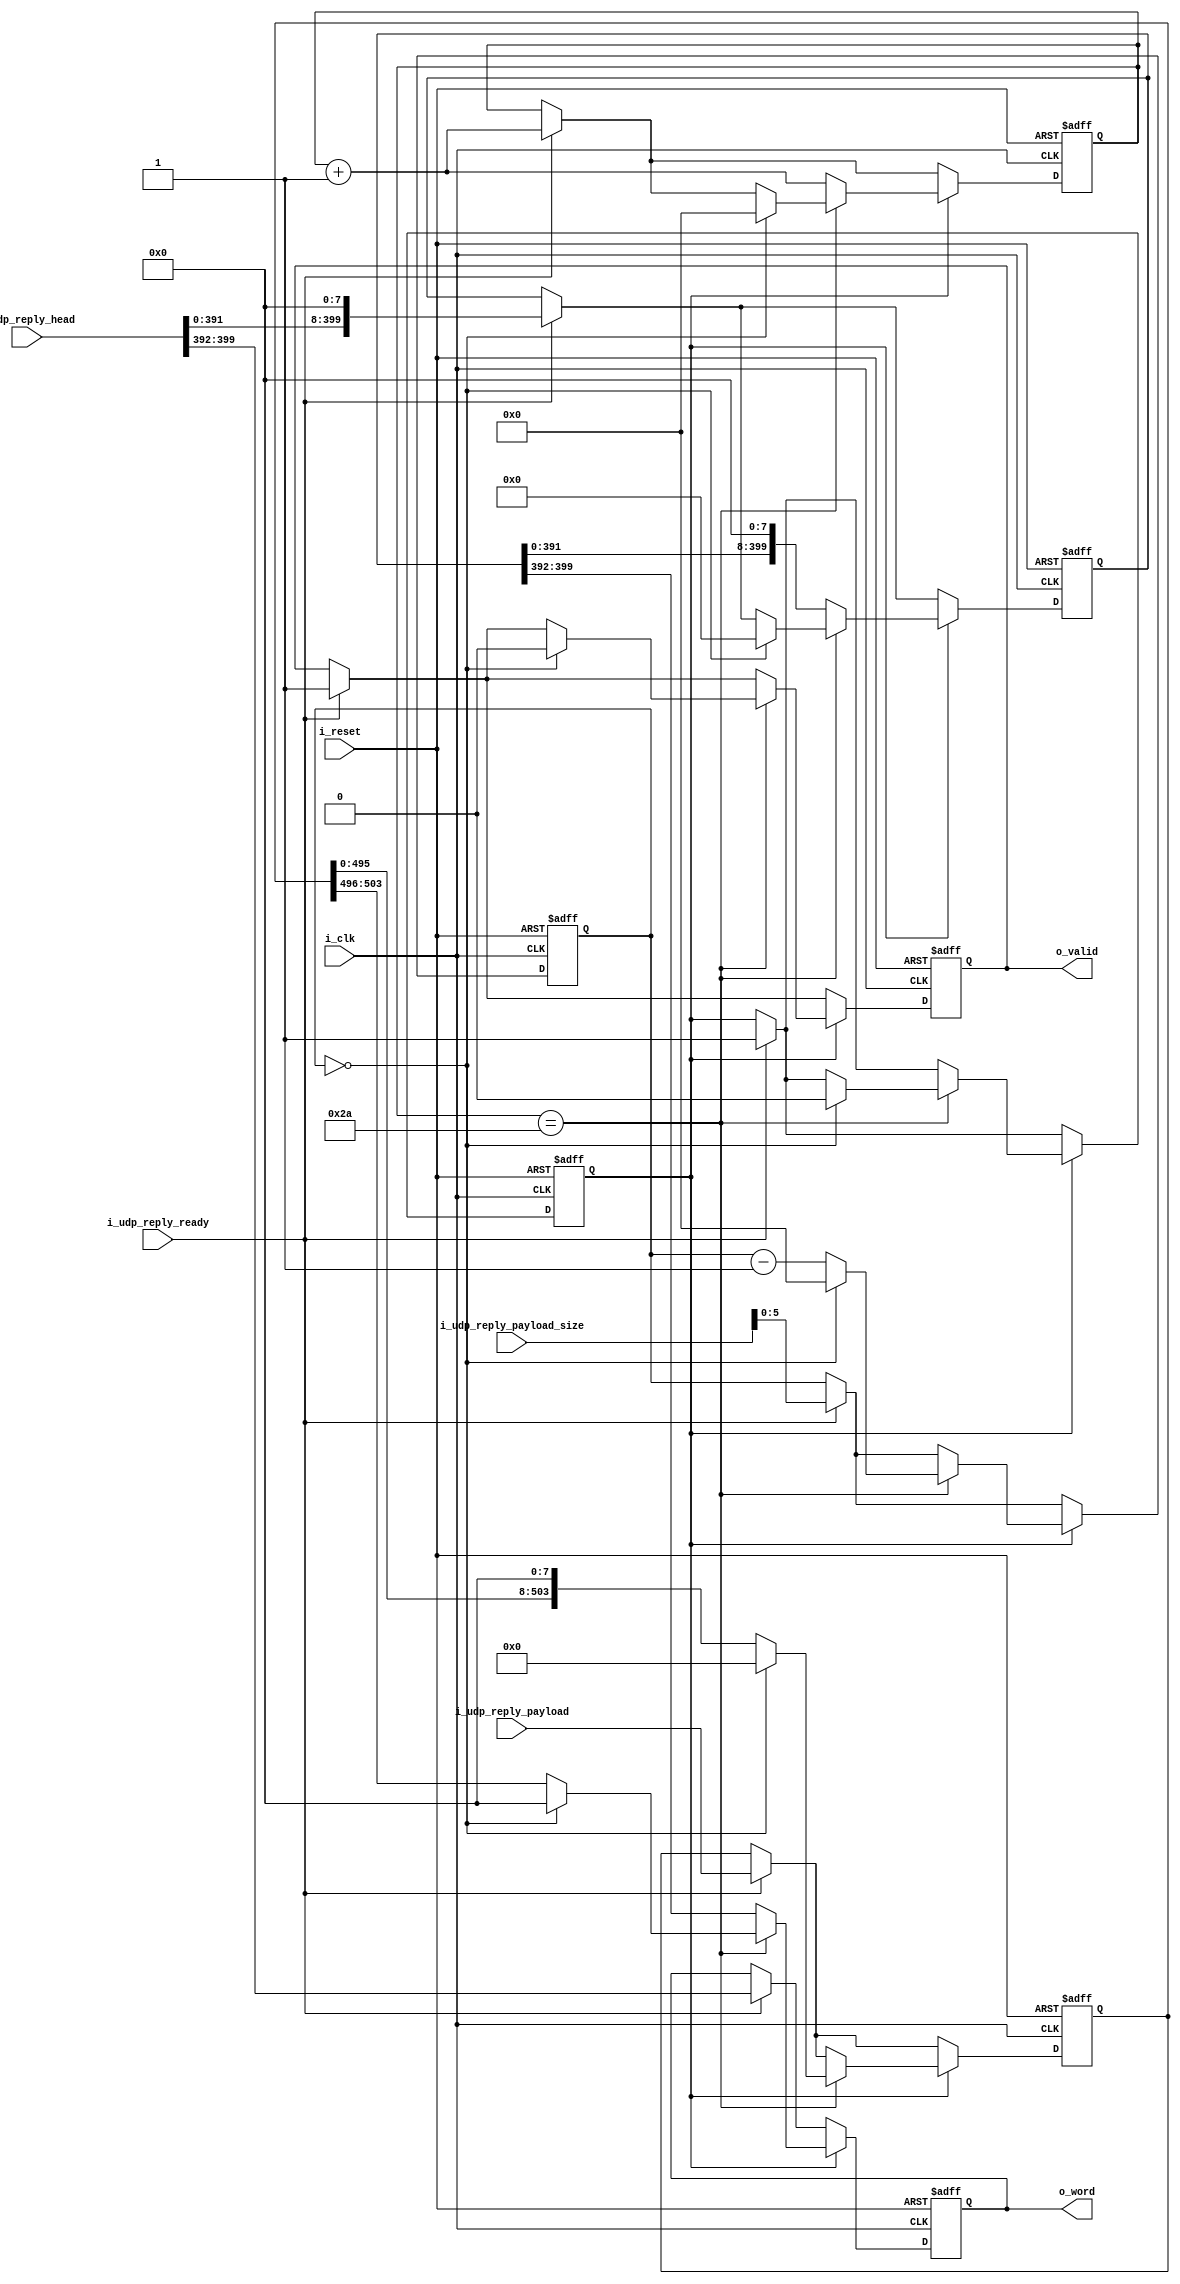
module tb_ethernet_udp_reply_transmitter(
	input 				i_clk,
	input 				i_reset,
	
	input [50*8-1:0] 	i_udp_reply_head,
	input [63*8-1:0] 	i_udp_reply_payload,
	input [15:0] 		i_udp_reply_payload_size,
	input				i_udp_reply_ready,
	
	output reg [7:0]	o_word,
	output reg			o_valid
); 
	reg	[50*8-1:0] 		i_udp_reply_head_r;
	reg	[63*8-1:0] 		i_udp_reply_payload_r;
	reg	[5:0] 			i_udp_reply_payload_size_r;
	reg					i_udp_reply_ready_r;
	
	initial begin
		o_word						<= 0; 	//	reset
		o_valid						<= 0;	//	reset
		
		i_udp_reply_head_r			<= 0;
		i_udp_reply_payload_r		<= 0;
		i_udp_reply_payload_size_r	<= 0;
		i_udp_reply_ready_r		<= 0;
	end
	
	reg [5:0] udp_reply_head_size;
	initial udp_reply_head_size <= 0;
	
	always @(posedge i_clk, posedge i_reset) begin
		if (i_reset) begin
			o_word						<= 0;
			o_valid						<= 0;
			i_udp_reply_head_r			<= 0;
			i_udp_reply_payload_r		<= 0;
			i_udp_reply_payload_size_r	<= 0;
			i_udp_reply_ready_r		<= 0;
			udp_reply_head_size		<= 0;
		end else begin
			if (i_udp_reply_ready) begin	/* initial */
				i_udp_reply_head_r			<= i_udp_reply_head << 8;
				i_udp_reply_payload_r		<= i_udp_reply_payload;
				i_udp_reply_payload_size_r	<= i_udp_reply_payload_size;
				i_udp_reply_ready_r			<= i_udp_reply_ready;
				
				o_word 						<= i_udp_reply_head[50*8-1:49*8];
				o_valid 					<= 1;
				udp_reply_head_size			<= udp_reply_head_size + 1;
			end else;
				
			if (i_udp_reply_ready_r) begin	/* continuous */
				
				if (udp_reply_head_size ==  6'd42) begin	/* payload transmit */
					
					if (i_udp_reply_payload_size_r == 0) begin /* transmission end */
						o_word						<= 0;
						o_valid						<= 0;
						i_udp_reply_head_r			<= 0;
						i_udp_reply_payload_r		<= 0;
						i_udp_reply_payload_size_r	<= 0;
						i_udp_reply_ready_r			<= 0;
						udp_reply_head_size			<= 0;
					end else begin								/* payload transmission */
						i_udp_reply_payload_r 		<= i_udp_reply_payload_r << 8;
						o_word 						<= i_udp_reply_payload_r[63*8-1:62*8];
						i_udp_reply_payload_size_r	<= i_udp_reply_payload_size_r - 1;
					end
					
				end else begin	/* head transmit */
					i_udp_reply_head_r 	<= i_udp_reply_head_r << 8;
					o_word 				<= i_udp_reply_head_r[50*8-1:49*8];
					udp_reply_head_size	<= udp_reply_head_size + 1;
				end
				
			end else;
		end
	end
endmodule